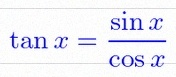
\tan x=\frac{\sin x}{\cos x}